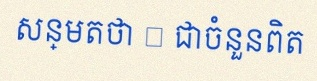
សន្មតថា x ជាចំនួនពិត